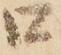
口